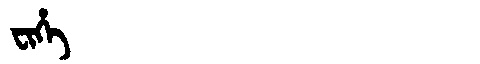
Manchu: ᠸᡳᡥᡝ
Romanization: FIHE